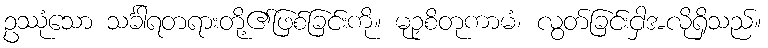
ဥဿုံသော သင်္ခါရတရားတို့၏ဖြစ်ခြင်းကို။ မုဉှစိတုကာမံ၊ လွတ်ခြင်းငှါအလိုရှိသည်။